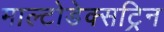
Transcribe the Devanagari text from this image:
माल्टोडेक्सट्रिन